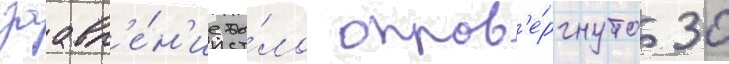
заавл'е́н'ие бы́ло опров'е́ргнуто 30